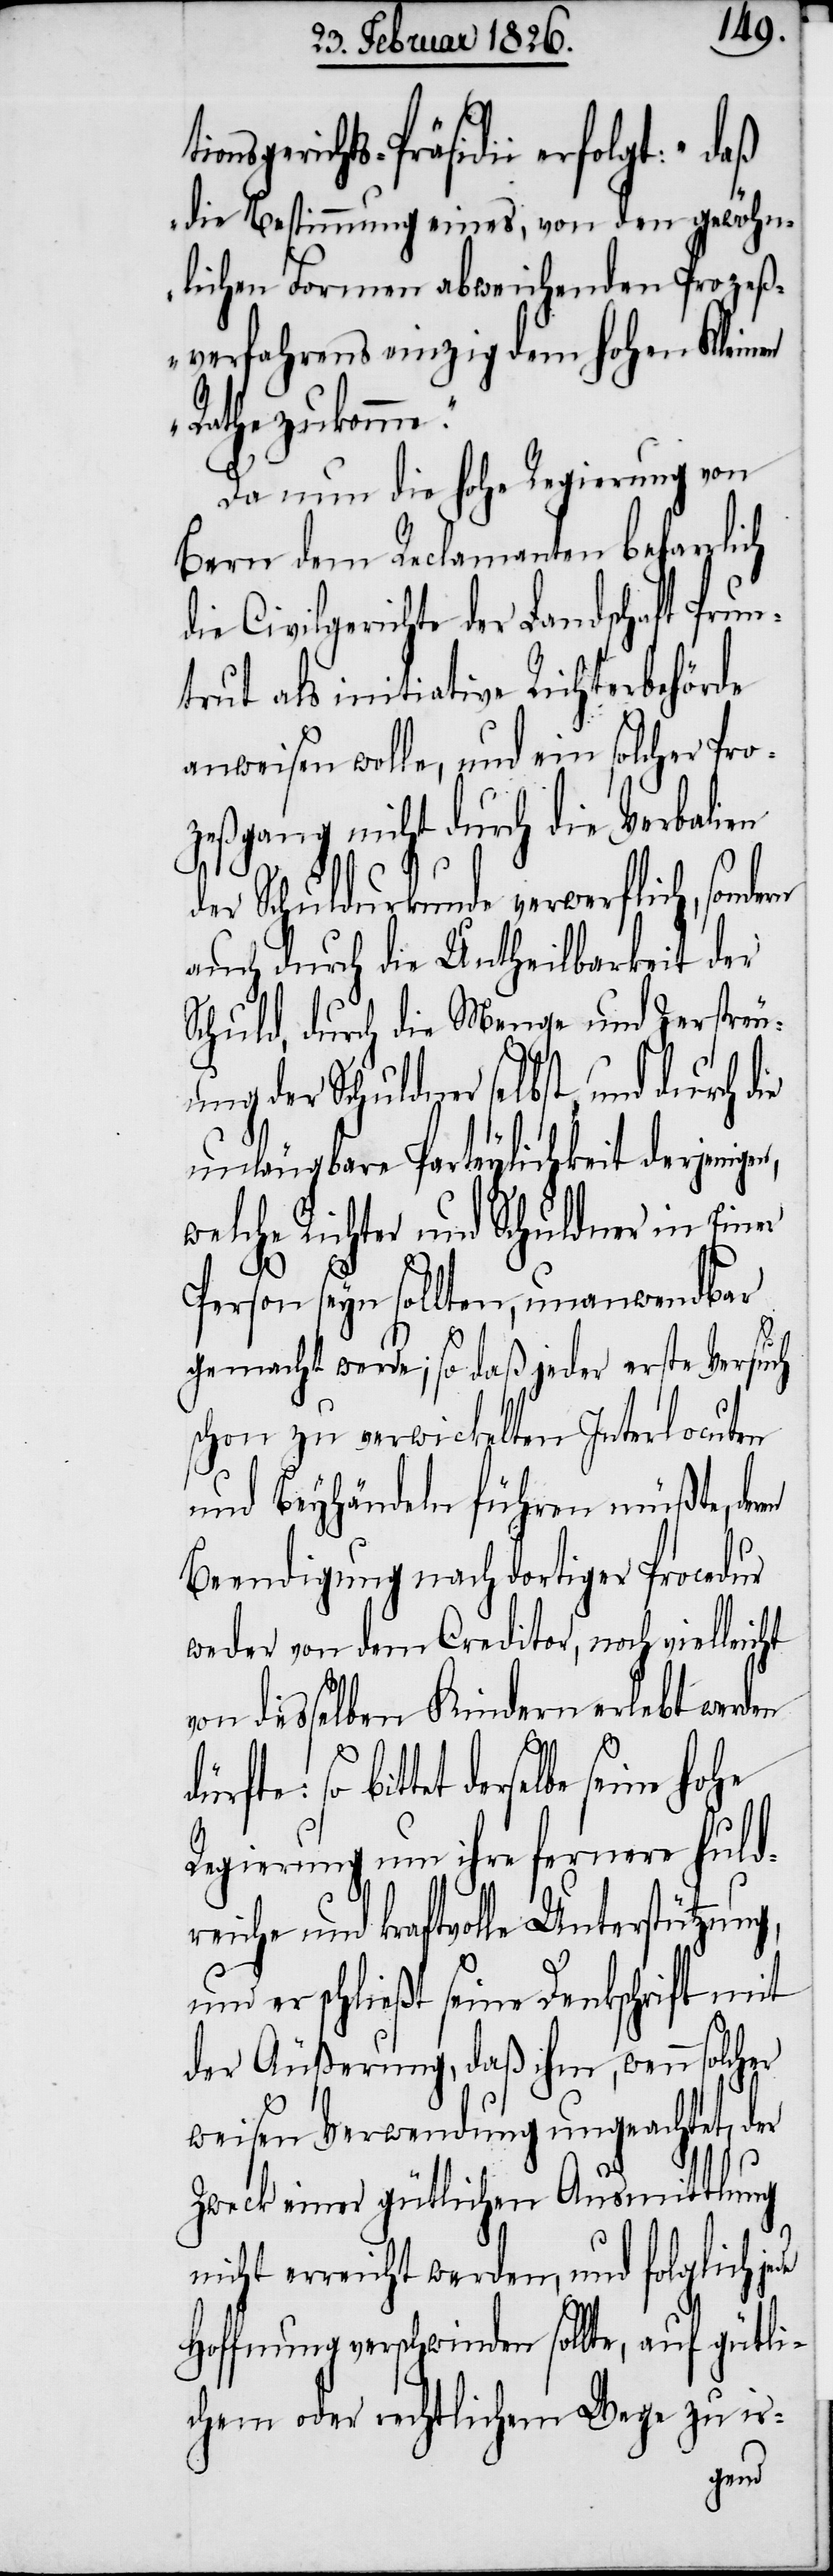
ch
ionsgerichts-Präsidii erfolgt: „daß
die Bestimmung eines, von den gewöhn¬
lichen Formen abweichenden Prozeß¬
verfahrens einzig dem hohen Kleinen
Rath zukomme.“
Da nun die hohe Regierung von
Bern dem Reclamanten beharrli¬
die Civilgerichte der Landschaft Prun¬
trut als initiative Richterbehörde
anweisen wolle, und ein solcher Pro¬
zeßgang nicht durch die Verbalien
der Schuldurkunde verwerflich, sond¬
auch durch die Untheilbarkeit der
Schuld, durch die Menge und Zerstreu¬
ung der Schuldner selbst, und durch
unleugbare Parteylichkeit derjeni¬
welche Richter und Schuldner in Einer
Person seyn sollten, unanwendbar
gemacht werde; so daß jeder erste Versuch
schon zu verwickelten Interlocuten
und Beyhändeln führen müßte, de¬
Beendigung nach dortiger Procedur
weder von dem Creditor, noch vielleicht
von desselben Kindern erlebt werden
derselbe seine hohe
Regierung um ihre fernere huld¬
reiche und kraftvolle Unterstützung,
und er schließt seine Denkschrift mit
der Äußerung, daß ihm, wenn solcher
weisen Verwendung ungeachtet, der
Zweck einer gütlichen Ausmittlung
nicht erreicht werden, und folglich jede
Hoffnung verschwinden sollte, auf gütli¬
chem oder rechtlichem Wege zu ir-
ren